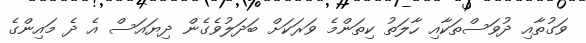
ވަގުތާއި ދުވަސްތަކާއި ހާލަތު ކިތަންމެ ވަރަކަށް ބަދަލުވެގެން ދިޔައަސް އެ ދެ މައިންގެ